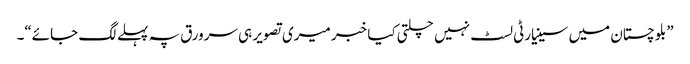
”بلوچستان میں سینیارٹی لسٹ نہیں چلتی کیا خبر میری تصویر ہی سرورق پہ پہلے لگ جائے“۔